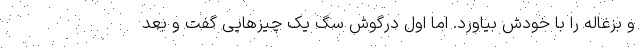
و بزغاله را با خودش بیاورد. اما اول درگوش سگ یک چیزهایی گفت و بعد